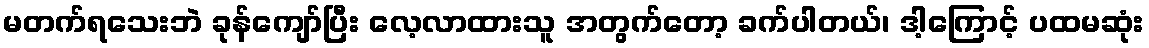
မတက်ရသေးဘဲ ခုန်ကျော်ပြီး လေ့လာထားသူ အတွက်တော့ ခက်ပါတယ်၊ ဒါ့ကြောင့် ပထမဆုံး